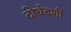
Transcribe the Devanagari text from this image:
दीर्घदर्शी